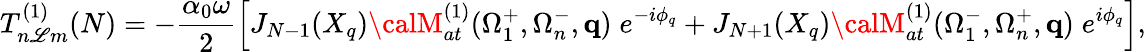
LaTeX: T_{n\mathscr{L}m}^{(1)}(N)=-\frac{{\alpha_{0}\omega}}{{2}}\left[J_{N-1}(X_{q}){\calM}_{at}^{(1)}(\Omega_{1}^{+},\Omega_{n}^{-},\mathbf{{q}})\; e^{-i\phi_{q}}+J_{N+1}(X_{q}){\calM}_{at}^{(1)}(\Omega_{1}^{-},\Omega_{n}^{+},\mathbf{{q}})\; e^{i\phi_{q}}\right],